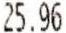
25.96